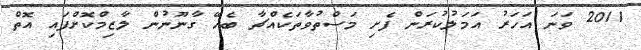
2011 ވަނަ އަހަރު އަމަލުކުރަން ފެށި މަސްތުވާތަކެއްޗާ ބެހޭ ގާނޫނުން ލާޒިމްކޮށްފައި އޮތް